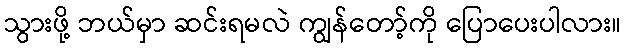
သွားဖို့ ဘယ်မှာ ဆင်းရမလဲ ကျွန်တော့်ကို ပြောပေးပါလား။